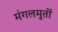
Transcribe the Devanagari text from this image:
मंगलमुर्ती